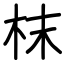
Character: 枺